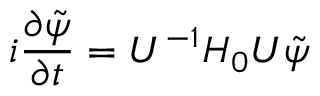
i \frac { \partial \tilde { \psi } } { \partial t } = U ^ { - 1 } H _ { 0 } U \tilde { \psi }